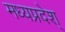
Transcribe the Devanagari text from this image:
मध्यप्रदेश्